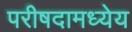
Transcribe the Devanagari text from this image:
परीषदामध्येय